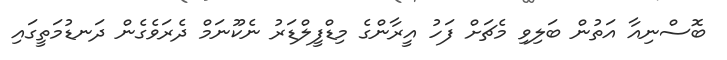
ބޮސްނިއާ އަތުން ބަލިވި މެޗަށް ފަހު އީރާންގެ މިޑްފީލްޑަރު ނެކޫނަމް ދެރަވެގެން ދަނޑުމަތީގައި